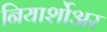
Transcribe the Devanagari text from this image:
नियार्शोअर